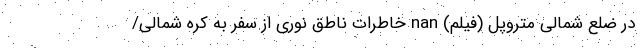
در ضلع شمالی متروپل (فیلم) nan خاطرات ناطق نوری از سفر به کره شمالی/